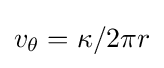
v_{\theta }=\kappa /{2\pi r}